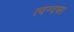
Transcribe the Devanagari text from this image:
त्वग्वसा